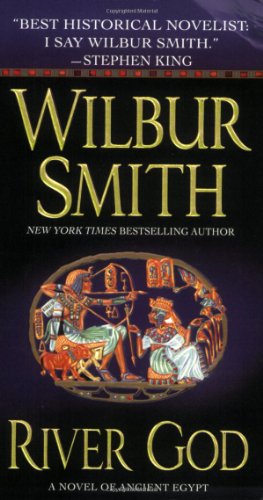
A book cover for River God: A Novel of Ancient Egypt (Novels of Ancient Egypt); Wilbur Smith; Romance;